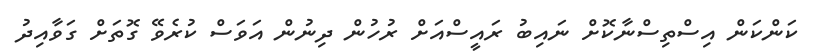
ކަންކަން އިސްތިސްނާކޮށް ނައިބު ރައީސްއަށް ރުހުން ދިނުން އަވަސް ކުރެވޭ ގޮތަށް ގަވާއިދު